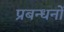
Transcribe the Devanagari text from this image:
प्रबन्धनाें